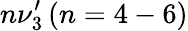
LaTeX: n\nu_{3}^{\prime}\, (n=4-6)